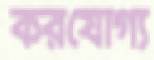
করযোগ্য